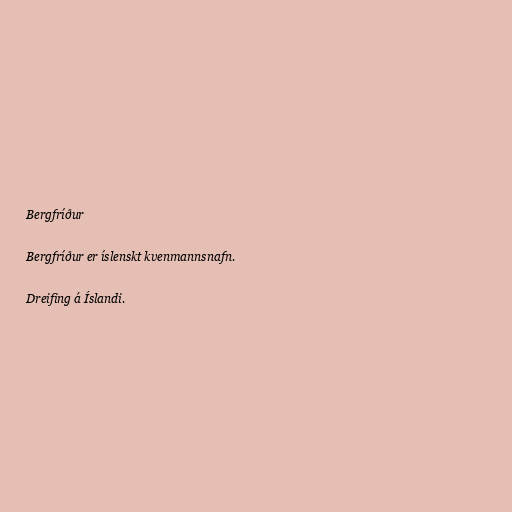
Bergfríður

Bergfríður er íslenskt kvenmannsnafn.

Dreifing á Íslandi.